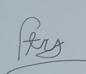
Signature authenticity: forged